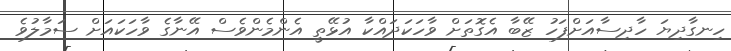
ހިނގާދިޔަ ހާދިސާއަށްފަހު ޒޭބާ އެގޮތަށް ވާހަކަދައްކާ އުޅޭތީ އެންމެންވެސް އޭނާގެ ވާހަކައަށް ސަމާލުވެ